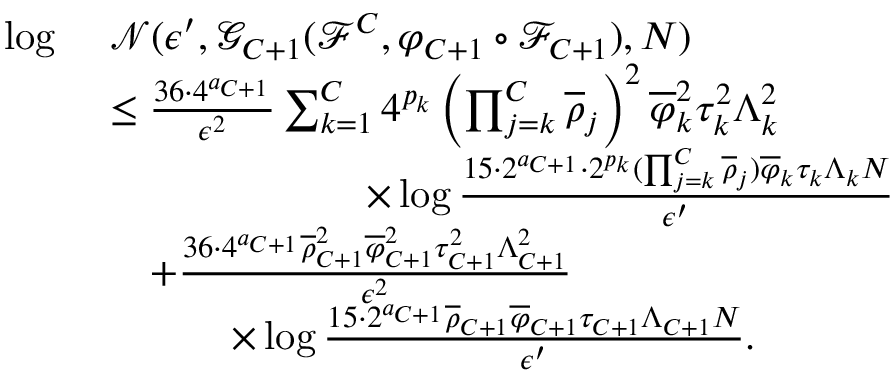
\begin{array} { r l } { \log \ } & { \mathcal { N } ( \epsilon ^ { \prime } , \mathcal { G } _ { C + 1 } ( \mathcal { F } ^ { C } , \varphi _ { C + 1 } \circ \mathcal { F } _ { C + 1 } ) , N ) } \\ & { \leq \frac { 3 6 \cdot 4 ^ { a _ { C + 1 } } } { \epsilon ^ { 2 } } \sum _ { k = 1 } ^ { C } 4 ^ { p _ { k } } \left( \prod _ { j = k } ^ { C } \overline { { \rho } } _ { j } \right) ^ { 2 } \overline { { \varphi } } _ { k } ^ { 2 } \tau _ { k } ^ { 2 } \Lambda _ { k } ^ { 2 } } \\ & { \qquad \qquad \qquad \ \times \log \frac { 1 5 \cdot 2 ^ { a _ { C + 1 } } \cdot 2 ^ { p _ { k } } ( \prod _ { j = k } ^ { C } \overline { { \rho } } _ { j } ) \overline { { \varphi } } _ { k } \tau _ { k } \Lambda _ { k } N } { \epsilon ^ { \prime } } } \\ & { \quad + \frac { 3 6 \cdot 4 ^ { a _ { C + 1 } } \overline { { \rho } } _ { C + 1 } ^ { 2 } \overline { { \varphi } } _ { C + 1 } ^ { 2 } \tau _ { C + 1 } ^ { 2 } \Lambda _ { C + 1 } ^ { 2 } } { \epsilon ^ { 2 } } } \\ & { \qquad \quad \times \log \frac { 1 5 \cdot 2 ^ { a _ { C + 1 } } \overline { { \rho } } _ { C + 1 } \overline { { \varphi } } _ { C + 1 } \tau _ { C + 1 } \Lambda _ { C + 1 } N } { \epsilon ^ { \prime } } . } \end{array}